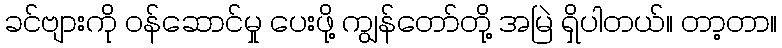
ခင်ဗျားကို ဝန်ဆောင်မှု ပေးဖို့ ကျွန်တော်တို့ အမြဲ ရှိပါတယ်။ တာ့တာ။